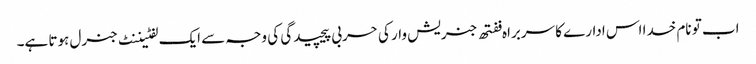
اب تو نام خدا اس ادارے کا سربراہ ففتھ جنریش وار کی حربی پیچیدگی کی وجہ سے ایک لفٹیننٹ جنرل ہوتا ہے۔